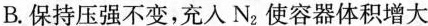
B.保持压强不变，充入N_{2}使容器体积增大